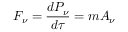
F _ { \nu } = { \frac { d P _ { \nu } } { d \tau } } = m A _ { \nu }